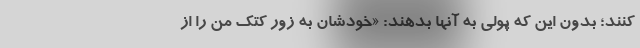
کنند؛ بدون این که پولی به آنها بدهند: «خودشان به زور کتک من را از